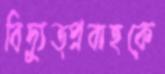
বিদ্যুত্প্রবাহকে